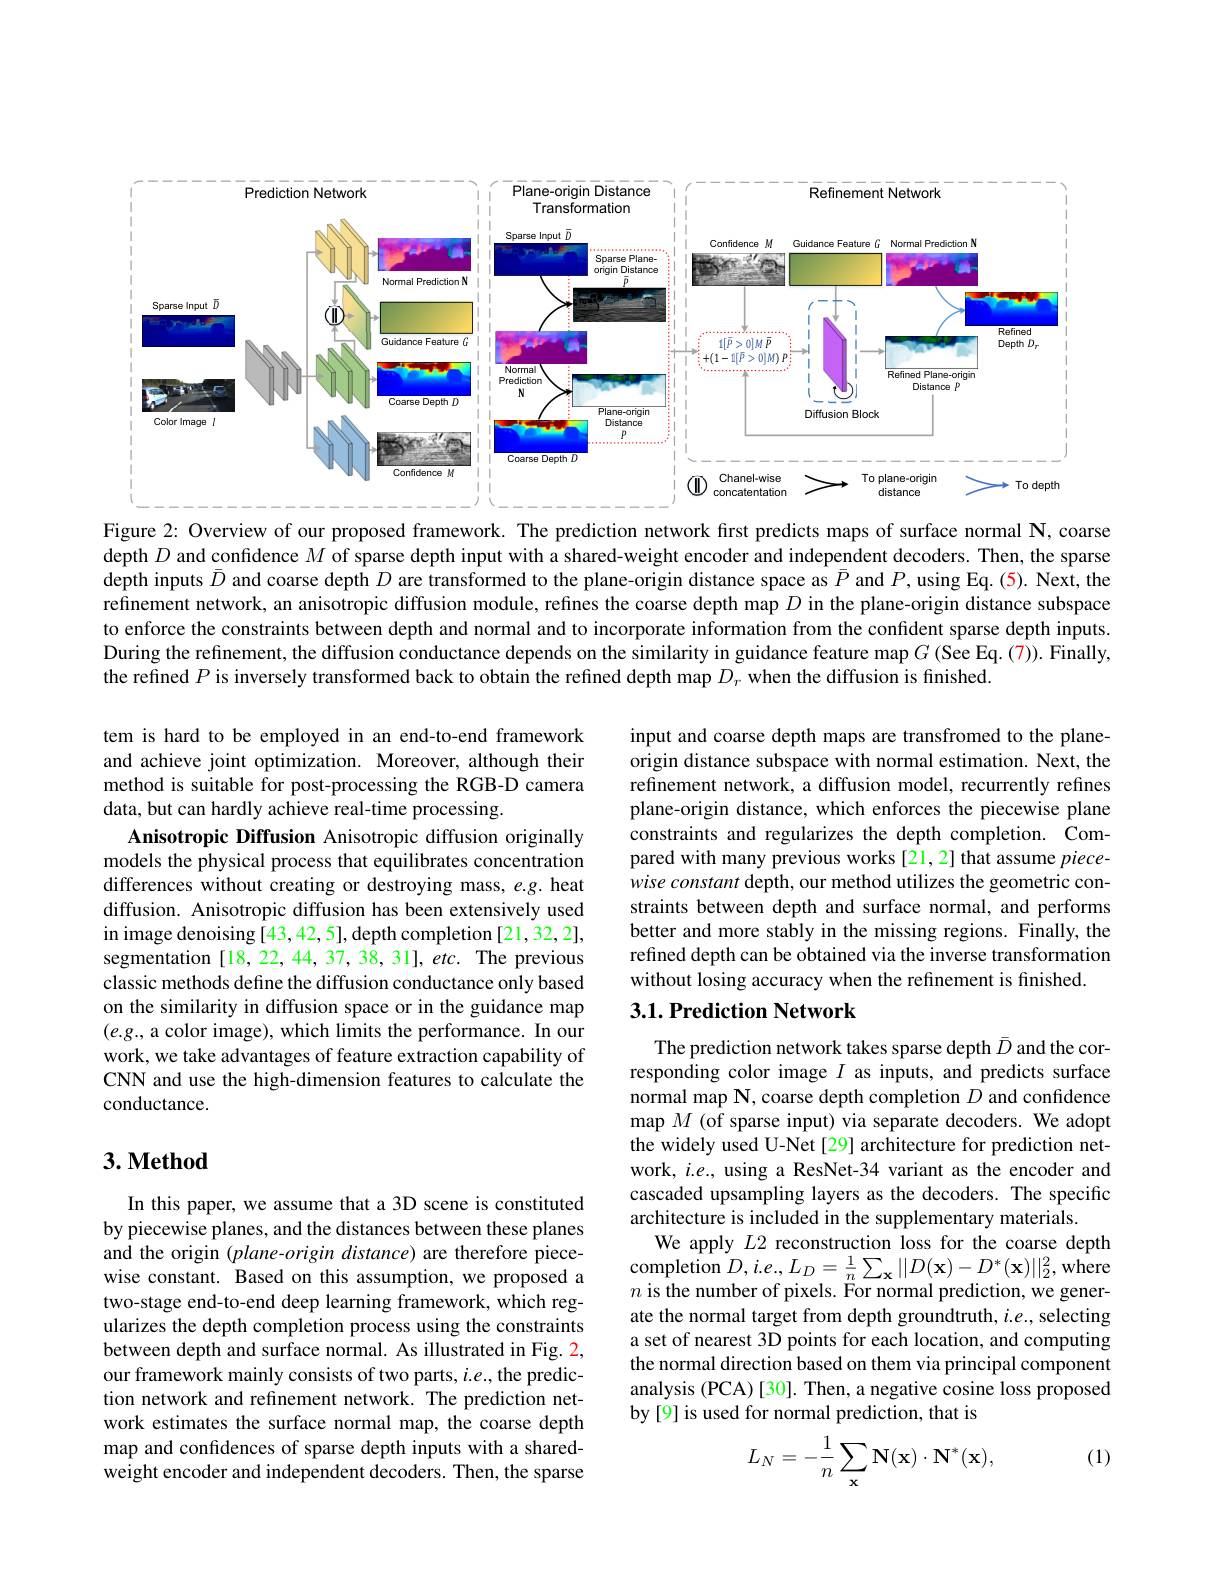
<FigureHere>

Figure 2: Overview of our proposed framework. The prediction network first predicts maps of surface normal N, coarse depth $D$ and confidence $M$ of sparse depth input with a shared-weight encoder and independent decoders. Then, the sparse depth inputs $\bar{D}$ and coarse depth $D$ are transformed to the plane-origin distance space as $\bar{P}$ and $P$,using Eq.(5). Next, the refinement network, an anisotropic diffusion module, refines the coarse depth map $D$ in the plane-origin distance subspace to enforce the constraints between depth and normal and to incorporate information from the confident sparse depth inputs During the refinement, the diffusion conductance depends on the similarity in guidance feature map $G\left(\mathrm{See~Eq.~(7)}\right).$ Finally, the refined $P$ is inversely transformed back to obtain the refined depth map $D_r$ when the diffusion is finished.

input and coarse depth maps are transfromed to the planeorigin distance subspace with normal estimation. Next, the refinement network, a diffusion model, recurrently refines plane-origin distance, which enforces the piecewise plane constraints and regularizes the depth completion. Compared with many previous works [21,2] that assume piecewise constant depth, our method utilizes the geometric constraints between depth and surface normal, and performs better and more stably in the missing regions. Finally, the refined depth can be obtained via the inverse transformation without losing accuracy when the refinement is finished.

tem is hard to be employed in an end-to-end framework and achieve joint optimization. Moreover, although their method is suitable for post-processing the RGB-D camera data, but can hardly achieve real-time processing.
Anisotropic Diffusion Anisotropic diffusion originally models the physical process that equilibrates concentration differences without creating or destroying mass, e.g. heat diffusion. Anisotropic diffusion has been extensively used in image denoising [43,42,5], depth completion [21,32,2], segmentation $[18,22,44,37,38,31],etc.$ The previous classic methods define the diffusion conductance only based on the similarity in diffusion space or in the guidance map $(e.g.$,a color image), which limits the performance. In our work, we take advantages of feature extraction capability of CNN and use the high-dimension features to calculate the conductance.

### 3.1. Prediction Network

## $3. \textbf{Method}$

The prediction network takes sparse depth $\bar{D}$ and the corresponding color image $I$ as inputs, and predicts surface normal map N, coarse depth completion $D$ and confidence map $M$ (of sparse input) via separate decoders. We adopt the widely used U-Net [29] architecture for prediction network, $i.e.$, using a ResNet-34 variant as the encoder and cascaded upsampling layers as the decoders. The specific architecture is included in the supplementary materials.
We apply $L2$ reconstruction loss for the coarse depth completion $D,i.e.,L_{D}=\frac1n\sum_{\mathbf{x}}||D(\mathbf{x})-D^{*}(\mathbf{x})||_{2}^{2}$,where $n$ is the number of pixels. For normal prediction, we generate the normal target from depth groundtruth, $i.e.$, selecting a set of nearest 3D points for each location, and computing the normal direction based on them via principal component analysis (PCA)[30]. Then, a negative cosine loss proposed by[9] is used for normal prediction, that is

In this paper, we assume that a 3D scene is constituted by piecewise planes, and the distances between these planes and the origin (plane-origin distance) are therefore piecewise constant. Based on this assumption, we proposed a two-stage end-to-end deep learning framework, which regularizes the depth completion process using the constraints between depth and surface normal. As illustrated in Fig. 2, our framework mainly consists of two parts, $i.e.$, the prediction network and refinement network. The prediction network estimates the surface normal map, the coarse depth map and confidences of sparse depth inputs with a sharedweight encoder and independent decoders. Then, the sparse

(1)
$$\begin{aligned}L_N&=-\frac{1}{n}\sum_\mathbf{x}\mathbf{N}(\mathbf{x})\cdot\mathbf{N}^*(\mathbf{x}),\end{aligned}$$